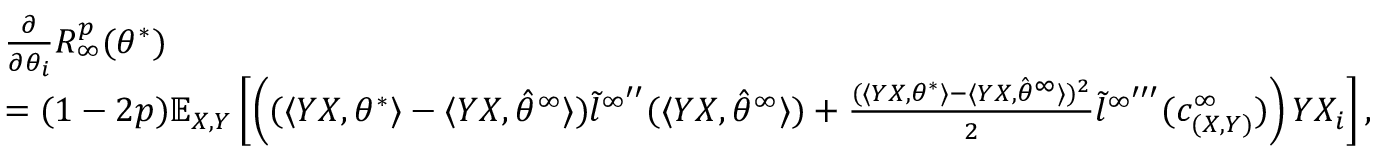
\begin{array} { r l } & { \frac { \partial } { \partial \theta _ { i } } R _ { \infty } ^ { p } ( \theta ^ { * } ) } \\ & { = ( 1 - 2 p ) \mathbb { E } _ { X , Y } \left[ \left( ( \langle Y X , \theta ^ { * } \rangle - \langle Y X , \hat { \theta } ^ { \infty } \rangle ) \tilde { l } ^ { \infty ^ { \prime \prime } } ( \langle Y X , \hat { \theta } ^ { \infty } \rangle ) + \frac { ( \langle Y X , \theta ^ { * } \rangle - \langle Y X , \hat { \theta } ^ { \infty } \rangle ) ^ { 2 } } { 2 } \tilde { l } ^ { \infty ^ { \prime \prime \prime } } ( c _ { ( X , Y ) } ^ { \infty } ) \right) Y X _ { i } \right] , } \end{array}